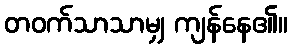
တဝက်သာသာမျှ ကျန်နေ၏။